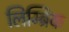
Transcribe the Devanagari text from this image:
लिम्ब्रिक